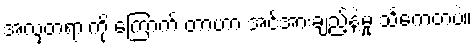
အလှတရားကို ကြောက် တာဟာ အင်အားချည့်နဲ့မှု သင်္ကေတပဲ။